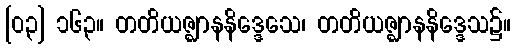
[၀၃] ၁၆၃။ တတိယဇ္ဈာနနိဒ္ဒေသေ၊ တတိယဇ္ဈာနနိဒ္ဒေသ၌။